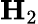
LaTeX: \mathbf{H}_{2}